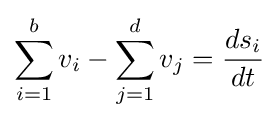
\sum _{i=1}^{b}v_{i}-\sum _{j=1}^{d}v_{j}={\frac {ds_{i}}{dt}}